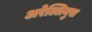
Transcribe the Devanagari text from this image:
अरेल्लियुस